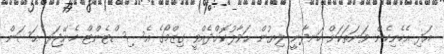
އަދި އެހެނިހެން ވަނަތަކަށް ހަނދާނީ ލިޔުން ޙަވާލުކޮށްދެއްވީ ގިޒްމޯގެ އެސިސްޓެންޓް މެނޭޖަރ ޙަސަން